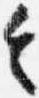
令